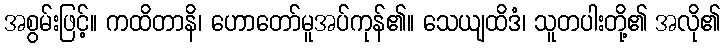
အစွမ်းဖြင့်။ ကထိတာနိ၊ ဟောတော်မူအပ်ကုန်၏။ သေယျထိဒံ၊ သူတပါးတို့၏ အလို၏